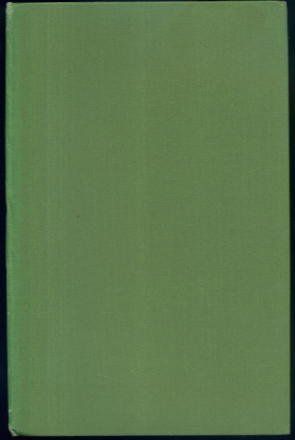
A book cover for Africa drums; Richard St. Barbe Baker; Travel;